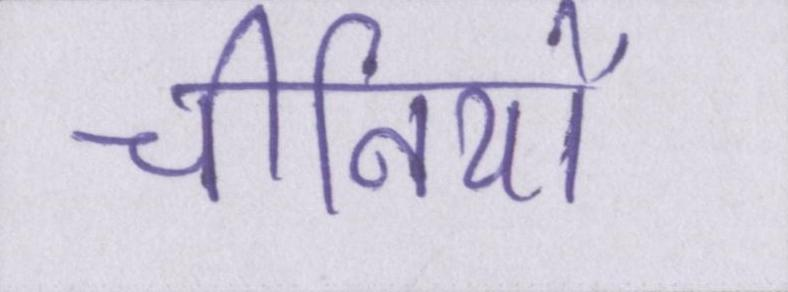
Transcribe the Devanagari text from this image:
चीनियों